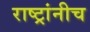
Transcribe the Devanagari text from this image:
राष्ट्रांनीच